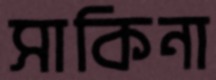
সাকিনা